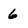
Character: 6